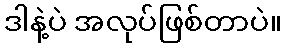
ဒါနဲ့ပဲ အလုပ်ဖြစ်တာပဲ။